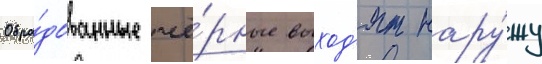
Обра́дованные чё́рные выход'ят нару́жу